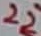
Text: 22